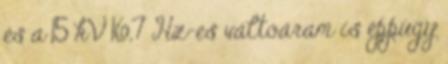
és a 15 kV 16,7 Hz-es váltóáram is éppúgy